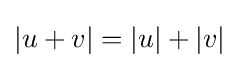
|u+v|=|u|+|v|